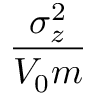
\frac { \sigma _ { z } ^ { 2 } } { V _ { 0 } m }